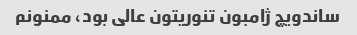
ساندویچ ژامبون تنوریتون عالی بود، ممنونم